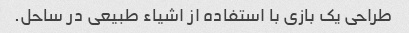
طراحی یک بازی با استفاده از اشیاء طبیعی در ساحل.